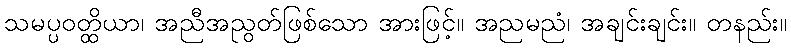
သမပ္ပဝတ္ထိယာ၊ အညီအညွတ်ဖြစ်သော အားဖြင့်။ အညမညံ၊ အချင်းချင်း။ တနည်း။